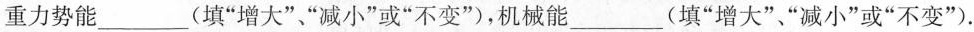
重力势能___填”增大””减小”或”不变”，机械能___(填”增大””减小”或”不变”)。